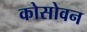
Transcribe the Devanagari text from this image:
कोसोवन